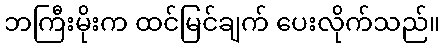
ဘကြီးမိုးက ထင်မြင်ချက် ပေးလိုက်သည်။